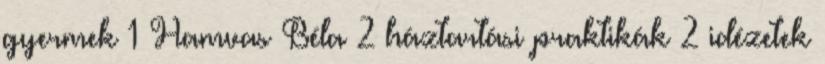
gyermek 1 Hamvas Béla 2 háztartási praktikák 2 idézetek